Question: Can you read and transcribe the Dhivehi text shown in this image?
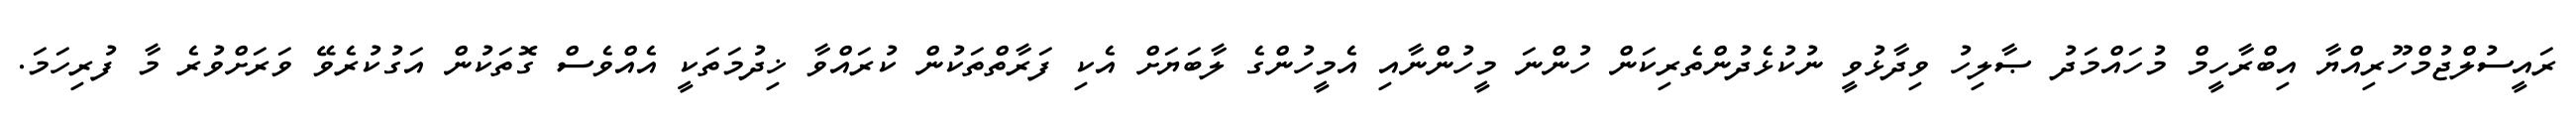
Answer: ރައީސުލްޖުމްހޫރިއްޔާ އިބްރާހީމް މުހައްމަދު ޞާލިހު ވިދާޅުވީ ނުކުޅެދުންތެރިކަން ހުންނަ މީހުންނާއި އެމީހުންގެ ލާބަޔަށް އެކި ފަރާތްތަކުން ކުރައްވާ ޚިދުމަތަކީ އެއްވެސް ގޮތަކުން އަގުކުރެވޭ ވަރަށްވުރެ މާ ފުރިހަމަ.